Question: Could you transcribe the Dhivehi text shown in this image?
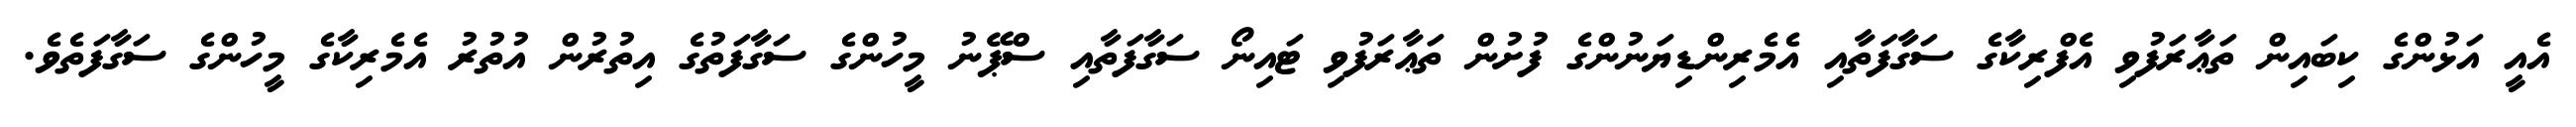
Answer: އެއީ އަޅުންގެ ކިބައިން ތަޢާރަފުވި އެފްރިކާގެ ސަގާފަތާއި އެމެރިންޑިޔަނުންގެ ފުށުން ތަޢާރަފުވި ޓައިނޯ ސަގާފަތާއި ސްޕޭނު މީހުންގެ ސަގާފަތުގެ އިތުރުން އުތުރު އެމެރިކާގެ މީހުންގެ ސަގާފަތެވެ.